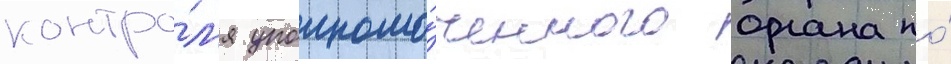
контро́л'я уполномо́ченного органа по́